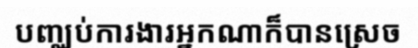
បញ្ឈប់ការងារអ្នកណាក៏បានស្រេច